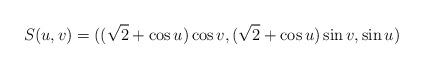
LaTeX: \begin{align*}S(u,v) = ((\sqrt{2} + \cos u) \cos v , (\sqrt{2} + \cos u) \sin v, \sin u)\end{align*}